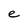
Character: e